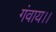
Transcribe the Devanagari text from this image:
गंवाय।।